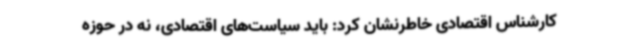
کارشناس اقتصادی خاطرنشان‌ کرد: باید سیاست‌های اقتصادی، نه در حوزه